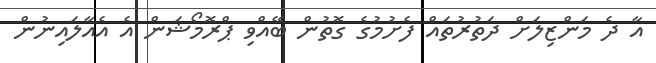
އާ ދެ މަންޒިލަށް ދަތުރުތައް ފެށުމުގެ ގޮތުން ބޭއްވި ޕްރޮމޯޝަން އެ އެއާލައިނުން